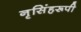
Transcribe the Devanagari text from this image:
नृसिंहरूपी